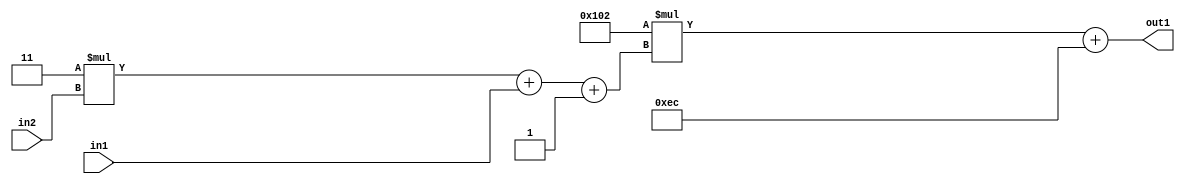
`timescale 1ps / 1ps
/*****************************************************************************
    Verilog RTL Description
    
    
    Created by: Stratus DpOpt 2019.1.01 
*******************************************************************************/

module DC_Filter_Add2i236Mul2i258Add3i1u1Mul2i3u2_1 (
	in2,
	in1,
	out1
	); /* architecture "behavioural" */ 
input [1:0] in2;
input  in1;
output [11:0] out1;
wire [11:0] asc001;
wire [3:0] asc002;

wire [3:0] asc002_tmp_0;
wire [3:0] asc002_tmp_1;
assign asc002_tmp_1 = 
	+(4'B0011 * in2);
assign asc002_tmp_0 = asc002_tmp_1
	+(in1);
assign asc002 = asc002_tmp_0
	+(4'B0001);

wire [11:0] asc001_tmp_2;
assign asc001_tmp_2 = 
	+(12'B000100000010 * asc002);
assign asc001 = asc001_tmp_2
	+(12'B000011101100);

assign out1 = asc001;
endmodule

/* CADENCE  vrTwTgg= : u9/ySgnWtBlWxVPRXgAZ4Og= ** DO NOT EDIT THIS LINE ******/